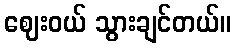
ဈေးဝယ် သွားချင်တယ်။